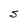
Character: S